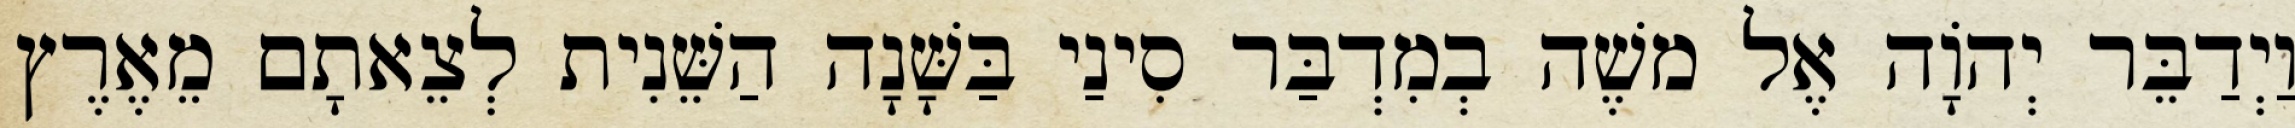
וַיְדַבֵּר יְהוָֹה אֶל משֶׁה בְמִדְבַּר סִינַי בַּשָּׁנָה הַשֵּׁנִית לְצֵאתָם מֵאֶרֶץ